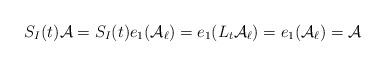
LaTeX: \begin{align*}S_I(t)\mathcal{A}=S_I(t)e_1(\mathcal{A}_\ell)=e_1(L_t\mathcal{A}_\ell)=e_1(\mathcal{A}_\ell)=\mathcal{A}\end{align*}